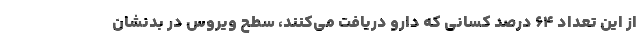
از این تعداد ۶۴ درصد کسانی که دارو دریافت می‌کنند، سطح ویروس در بدنشان